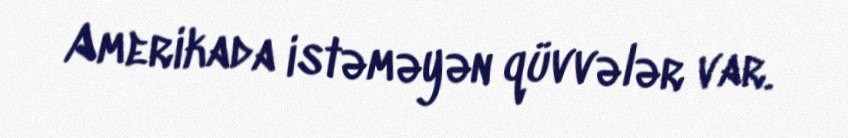
Amerikada istəməyən qüvvələr var.